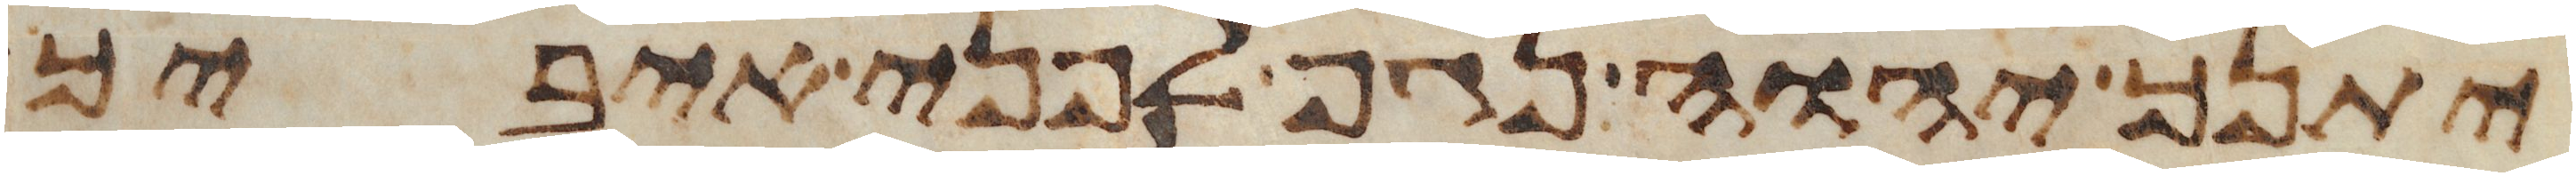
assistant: יתנך יהוה נגף לפני איביך